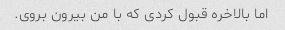
اما بالاخره قبول کردی که با من بیرون بروی.